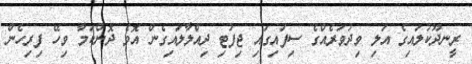
ރީނދޫކުލައިގެ އަލި ވިދުވަރެއްގެ ސިފައިގައި ޖިފުޓި ދިއްލާލައިގެން އޮވެ ދޮންކަމާ ވިހޭ ފިރިހެން